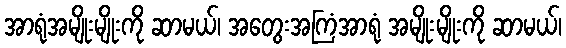
အာရုံအမျိုးမျိုးကို ဆာမယ်၊ အတွေးအကြံအာရုံ အမျိုးမျိုးကို ဆာမယ်၊